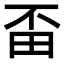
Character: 𤰺